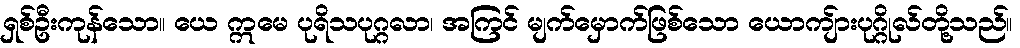
ရှစ်ဦးကုန်သော။ ယေ ဣမေ ပုရိသပုဂ္ဂလာ၊ အကြင် မျက်မှောက်ဖြစ်သော ယောကျ်ားပုဂ္ဂိုလ်တို့သည်။